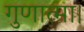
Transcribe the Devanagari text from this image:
गुणात्मा।